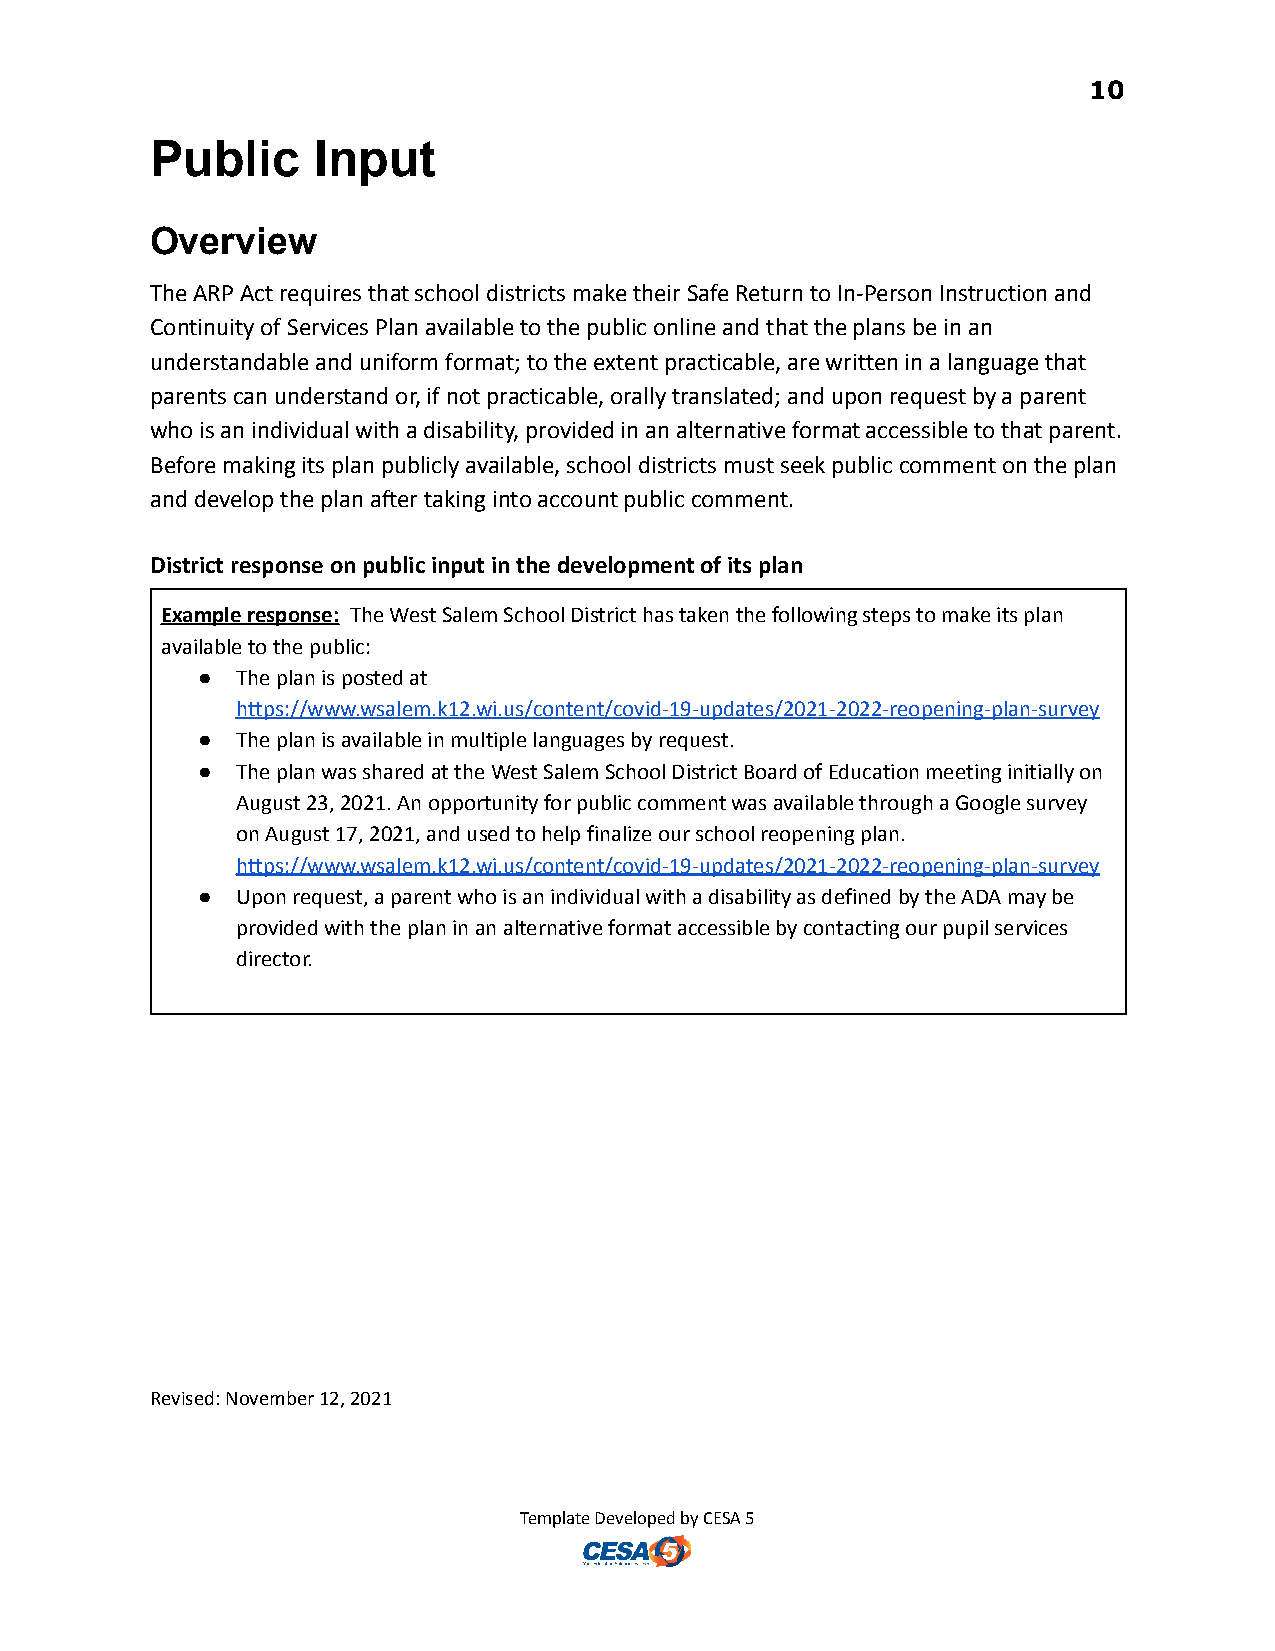
10
 Public     Input
 Overview
 The ARP Act requires that school districts make their Safe Return to In-Person Instruction and
 Continuity of Services Plan available to the public online and that the plans be in an
 understandable and uniform format; to the extent practicable, are written in a language that
 parents can understand or, if not practicable, orally translated; and upon request by a parent
 who is an individual with a disability, provided in an alternative format accessible to that parent.
 Before making its plan publicly available, school districts must seek public comment on the plan
 and develop the plan after taking into account public comment.
 District response on public input in the development of its plan
 Example response: The West Salem School Districthas taken the following steps to make its plan
 available to the public:
 ●  The plan is posted at
 https://www.wsalem.k12.wi.us/content/covid-19-updates/2021-2022-reopening-plan-survey
 ●  The plan is available in multiple languages by request.
 ●  The plan was shared at the West Salem School District Board of Education meeting initially on
 August 23, 2021. An opportunity for public comment was available through a Google survey
 on August 17, 2021, and used to help finalize our school reopening plan.
 https://www.wsalem.k12.wi.us/content/covid-19-updates/2021-2022-reopening-plan-survey
 ●  Upon request, a parent who is an individual with a disability as defined by the ADA may be
 provided with the plan in an alternative format accessible by contacting our pupil services
 director.
 Revised: November 12, 2021
 Template Developed by CESA 5